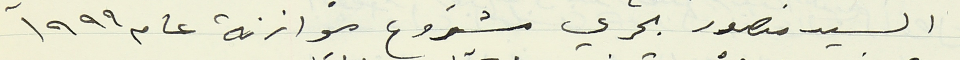
السيد منصور بحري مشروع موازنة عام ١٩٩٩